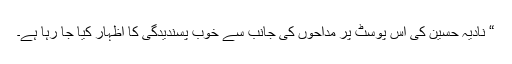
“ نادیہ حسین کی اس پوسٹ پر مداحوں کی جانب سے خوب پسندیدگی کا اظہار کیا جا رہا ہے۔